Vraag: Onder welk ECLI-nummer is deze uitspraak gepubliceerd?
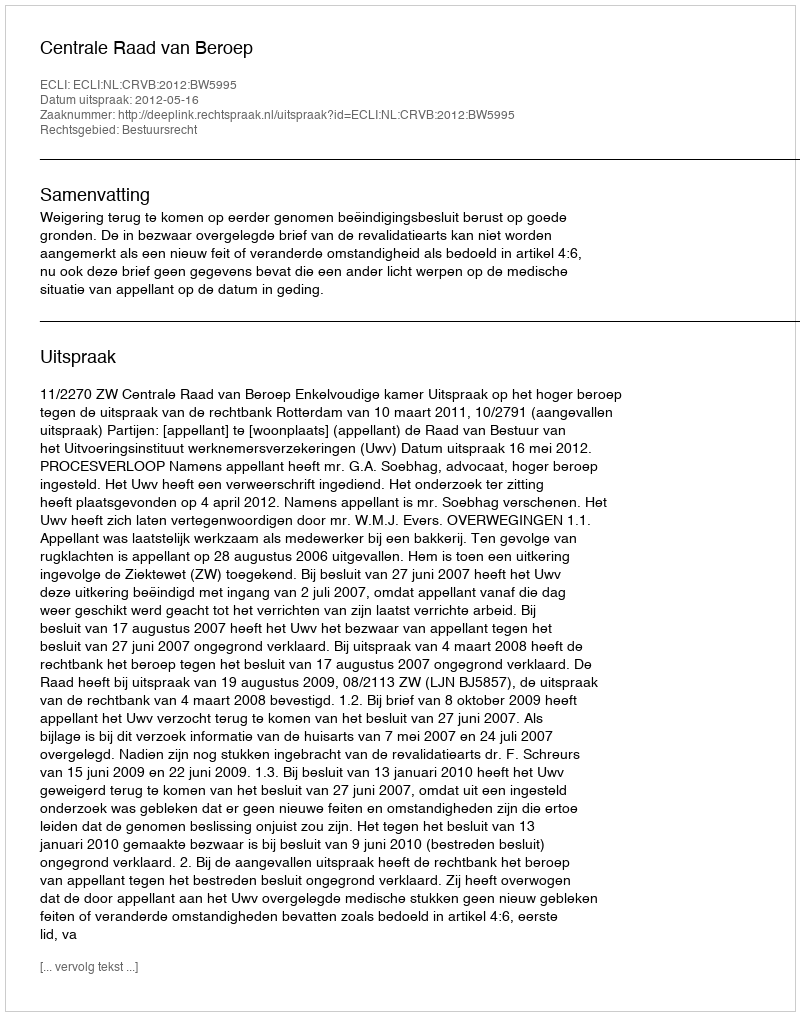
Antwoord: ECLI:NL:CRVB:2012:BW5995